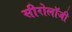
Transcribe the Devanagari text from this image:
सीरोलॉजी